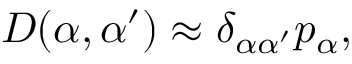
D ( \alpha , { \alpha ^ { \prime } } ) \approx \delta _ { \alpha { \alpha ^ { \prime } } } p _ { \alpha } ,